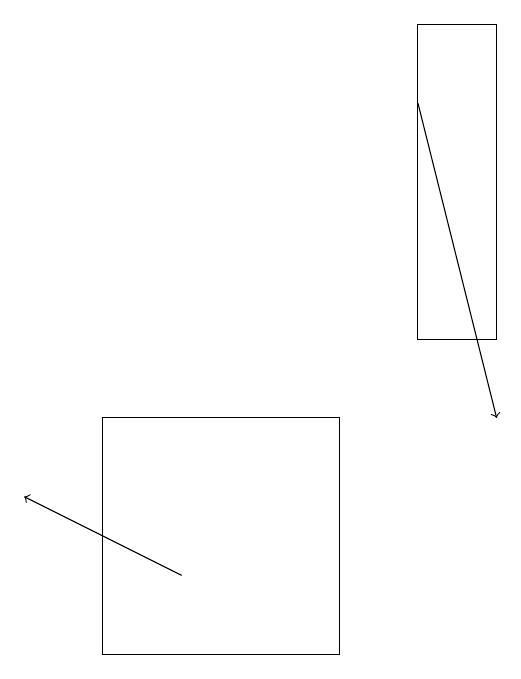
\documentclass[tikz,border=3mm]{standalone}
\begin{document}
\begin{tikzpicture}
\draw[->] (4,11) -- (2,12);
\draw (6,10) rectangle (3,13);
\draw (7,14) rectangle (8,18);
\draw[->] (7,17) -- (8,13);
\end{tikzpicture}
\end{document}